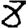
Digit: 8